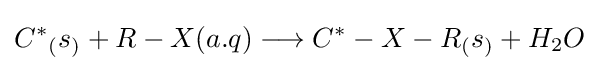
{C^{*}}_{(}s_{)}+R-X(a.q)\longrightarrow {C^{*}}-X-R_{(}s_{)}+H_{2}O